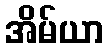
အိမ်ယာ